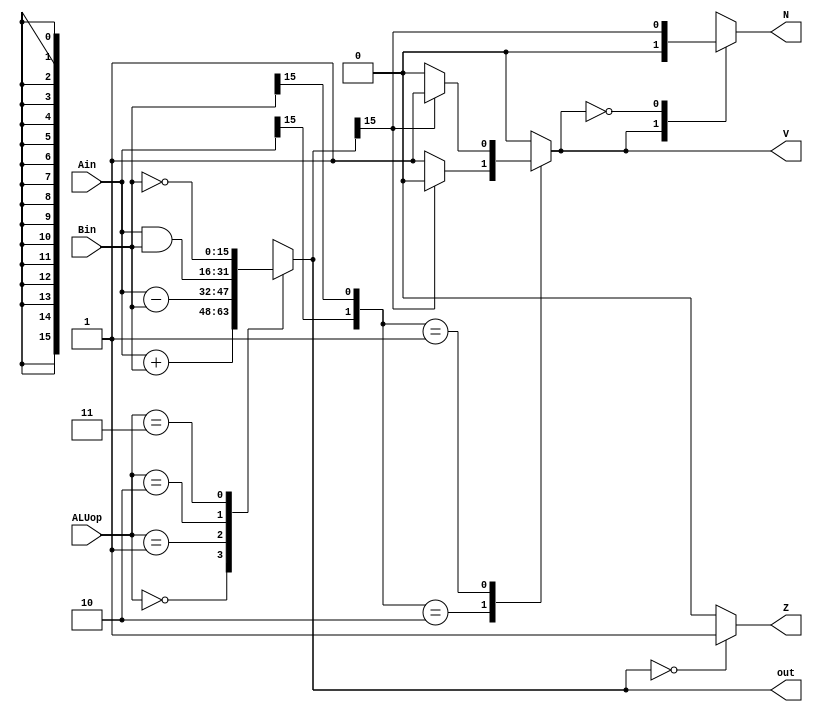
/* the Arithmetic Logic Unit performs 4 operations : A+B, A-B, A&B, ~B */
module ALU(Ain, Bin, ALUop, out, Z, N, V);
    input[15:0] Ain, Bin;
    input[1:0] ALUop;
    output reg[15:0] out;
    output reg Z, N, V;

    /* performs the operation for each ALUop input according to specs */
    always @(*) begin
        case(ALUop)
            2'b00: out = Ain + Bin;
            2'b01: out = Ain - Bin;
            2'b10: out = Ain & Bin;
            2'b11: out = ~Bin;
            default: out = {16{1'bx}};
        endcase
    end

    /* determine Z: If out = 0, Z = 1. Else Z = 0; */
    always @(*) begin
        case(out)
            {16{1'b0}}: Z = 1'b1;
            default: Z = 1'b0;
        endcase
    end

    /* determine V: If the result is within 2's complement of 15 bits, V = 0, else V = 1*/
    always @(*) begin
        case({Ain[15], Bin[15]})
            2'b10: V = out[15] ? 1'b0 : 1'b1; /* neg - pos, answer should be neg, so if pos then overflow */
            2'b01: V = out[15] ? 1'b1 : 1'b0; /* pos - neg, answer should be pos, so if neg then overflow */
            default: V = 1'b0; /* other situation are just within range */
        endcase
    end

    /* determine N: If overflow then it will not be negative. Then check the MSB of output */
    always @(*) begin
        case(V)
            1'b1: N = 1'b0;
            1'b0: N = out[15];
            default: N = 1'bx;
        endcase
    end
endmodule